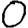
Digit: 0